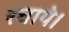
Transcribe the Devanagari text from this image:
रचाये।